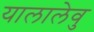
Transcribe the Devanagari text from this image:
यालालेवु